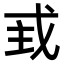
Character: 𢦴